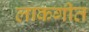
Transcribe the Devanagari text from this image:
लाकगीत